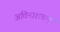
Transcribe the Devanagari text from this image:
अविनाशचन्द्र